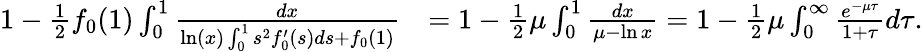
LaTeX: \begin{array}{rl}{1-\frac 12f_{0}(1)\int_{0}^{1}\frac{dx}{\ln(x)\int_{0}^{1}s^{2}f_{0}^{\prime}(s)ds+{f_{0}(1)}}}&{=1-\frac 12\mu\int_{0}^{1}\frac{dx}{\mu-\ln x}=1-\frac 12\mu\int_{0}^{\infty}\frac{e^{-\mu\tau}}{1+\tau}d\tau.}\end{array}